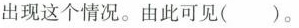
出现这个情况。由此可见()。